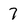
Character: 7